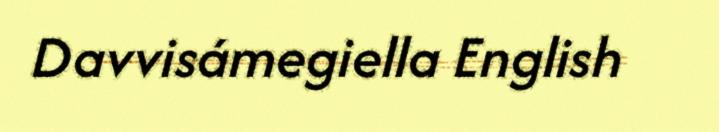
Davvisámegiella English